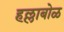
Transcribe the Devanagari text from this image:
हल्लाबोळ